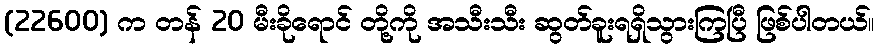
(22600) က တန် 20 မီးခိုရောင် တို့ကို အသီးသီး ဆွတ်ခူးရရှိသွားကြပြီ ဖြစ်ပါတယ်။